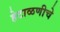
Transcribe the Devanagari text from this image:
हेटाळणीचे